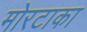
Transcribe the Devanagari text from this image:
मोरटाका